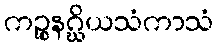
ကဉ္စနဂ္ဃိယသံကာသံ